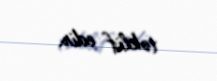
təklif edir.